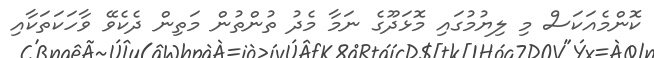
ކޮންމެއަކަސް މި ލިޔުމުގައި މޮޅަދޫގެ ނަމާ މެދު ތުންތުން މަތިން ދެކެވޭ ވާހަކަތަކާއި